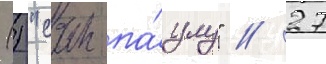
() "сан-па́улу" // 27